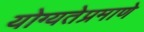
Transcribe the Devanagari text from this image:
योग्यतेप्रमाणे